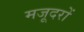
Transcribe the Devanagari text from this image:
मजूदरों